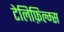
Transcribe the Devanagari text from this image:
टेलिफ़िल्म्स